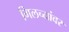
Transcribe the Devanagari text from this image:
गिलच्यांवर